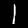
Label: 1